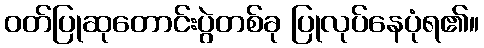
ဝတ်ပြုဆုတောင်းပွဲတစ်ခု ပြုလုပ်နေပုံရ၏။